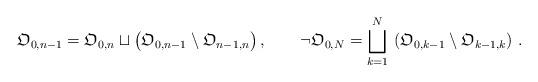
LaTeX: \begin{align*}\mathfrak{O}_{0,n-1}=\mathfrak{O}_{0,n}\sqcup\big(\mathfrak{O}_{0,n-1}\setminus\mathfrak{O}_{n-1,n}\big)\,,\qquad\neg\mathfrak{O}_{0,N}=\bigsqcup\limits_{k=1}^{N}\,\left(\mathfrak{O}_{0,k-1}\setminus\mathfrak{O}_{k-1,k}\right)\,.\end{align*}